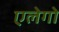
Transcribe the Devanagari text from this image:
एलेगो